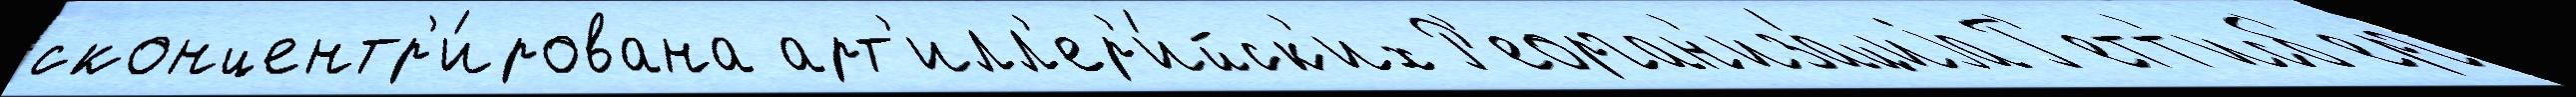
сконцентр'и́рована арт'илл'ер'и́йск'их Р'еорган'иза́циjа Г'етт'исб'ерг